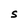
Character: S